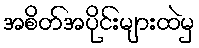
အစိတ်အပိုင်းများထဲမှ